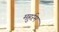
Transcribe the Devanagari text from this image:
महुर्रम